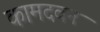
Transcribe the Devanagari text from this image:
कामदवन